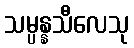
သမ္ပန္နသီလေသု